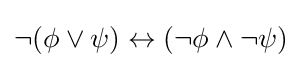
\neg (\phi \lor \psi )\leftrightarrow (\neg \phi \land \neg \psi )